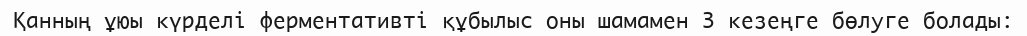
Қанның ұюы күрделі ферментативті құбылыс оны шамамен 3 кезеңге бөлуге болады: